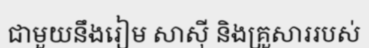
ជាមួយនឹងរៀម សាស៊ី និងគ្រួសាររបស់